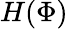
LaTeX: H(\Phi)